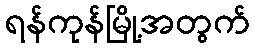
ရန်ကုန်မြို့အတွက်